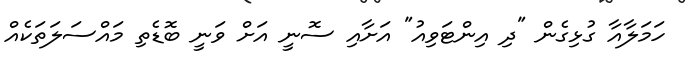
ހަމަލާއާ ގުޅިގެން "ދި އިންޓަވިއު" އަށާއި ސޮނީ އަށް ވަނީ ބޮޑެތި މައްސަލަތަކެއް